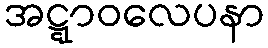
အဋ္ဋာဝလေပနာ